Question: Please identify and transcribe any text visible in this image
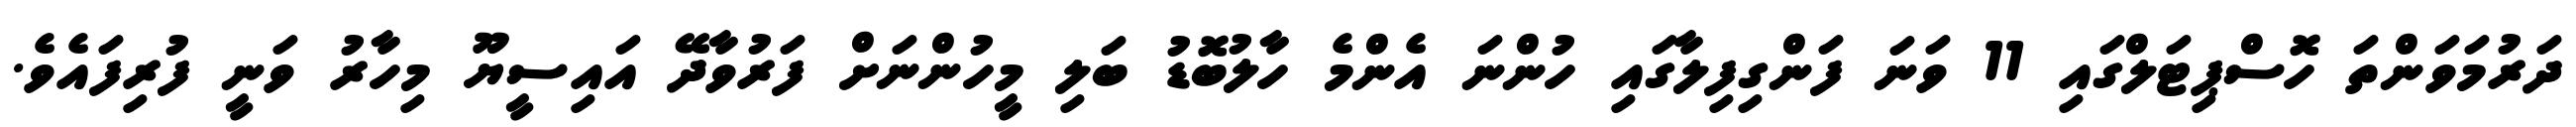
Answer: ދަރުމަވަންތަ ހޮސްޕިޓަލްގައި 11 ވަނަ ފަންގިފިލާގައި ހުންނަ އެންމެ ހާލުބޮޑު ބަލި މީހުންނަށް ފަރުވާދޭ އައިސީޔޫ މިހާރު ވަނީ ފުރިފައެވެ.